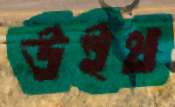
উইথ